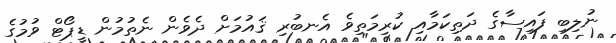
ނުލިބި ފައިސާގެ ދަތިކަމާއި ކުރިމަތިވެ އެނބުރި ޤައުމަށް ދެވެން ނެތުމުން ޑީޕޯޓް ވުމުގެ